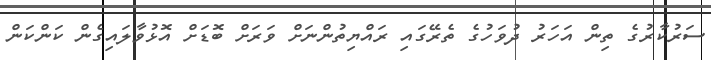
ސަރުކާރުގެ ތިން އަހަރު ދުވަހުގެ ތެރޭގައި ރައްޔިތުންނަށް ވަރަށް ބޮޑަށް އޮޅުވާލައިގެން ކަންކަން